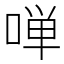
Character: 啴